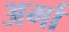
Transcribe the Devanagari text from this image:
अर्मा